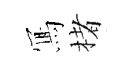
𭂁楮